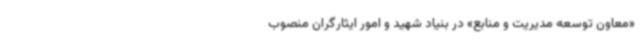
«معاون توسعه مدیریت و منابع» در بنیاد شهید و امور ایثارگران منصوب